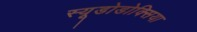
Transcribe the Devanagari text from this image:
स्यूडोडोक्सिया